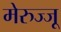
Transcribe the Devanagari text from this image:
मेरुज्जू